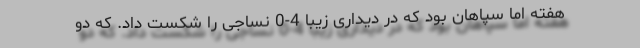
هفته اما سپاهان بود که در دیداری زیبا 4-0 نساجی را شکست داد. که دو